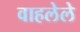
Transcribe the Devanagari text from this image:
वाहलेले